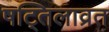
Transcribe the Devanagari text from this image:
षट्तिलाव्रत